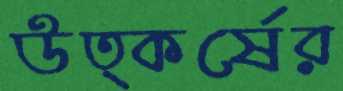
উত্কর্ষের